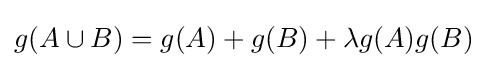
g(A\cup B)=g(A)+g(B)+\lambda g(A)g(B)